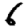
Digit: 6